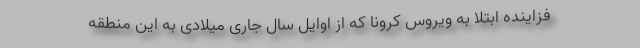
فزاینده ابتلا به ویروس کرونا که از اوایل سال جاری میلادی به این منطقه